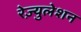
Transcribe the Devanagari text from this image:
रेज़्युलेशन